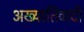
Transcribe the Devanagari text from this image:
अख्यातिवादी